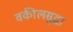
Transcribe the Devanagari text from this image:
वकीलसुद्धा